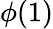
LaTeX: \phi(1)